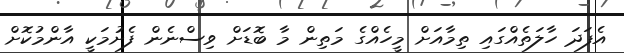
އެފަދަ ހާލަތެއްގައި ތިމާއަށް މީހެއްގެ މަތިން މާ ބޮޑަށް ވިސްނެން ފެށުމަކީ އާންމުކޮށް